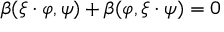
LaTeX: \beta ( \xi \cdot \varphi , \psi ) + \beta ( \varphi , \xi \cdot \psi ) = 0